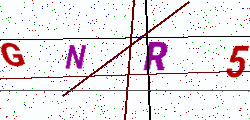
Text: GNR5